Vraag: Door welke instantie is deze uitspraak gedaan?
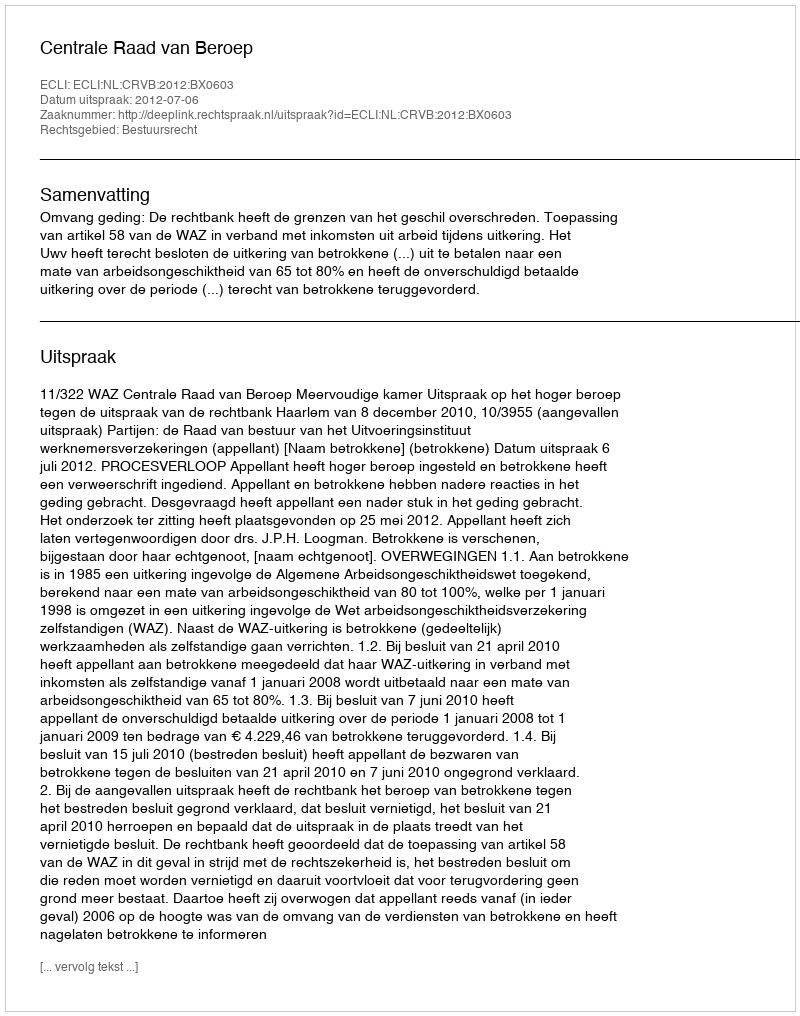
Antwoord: Centrale Raad van Beroep